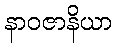
နာဝဇာနိယာ